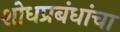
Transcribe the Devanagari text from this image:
शोधप्रबंधांचा